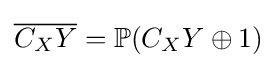
{\overline {C_{X}Y}}=\mathbb {P} (C_{X}Y\oplus 1)